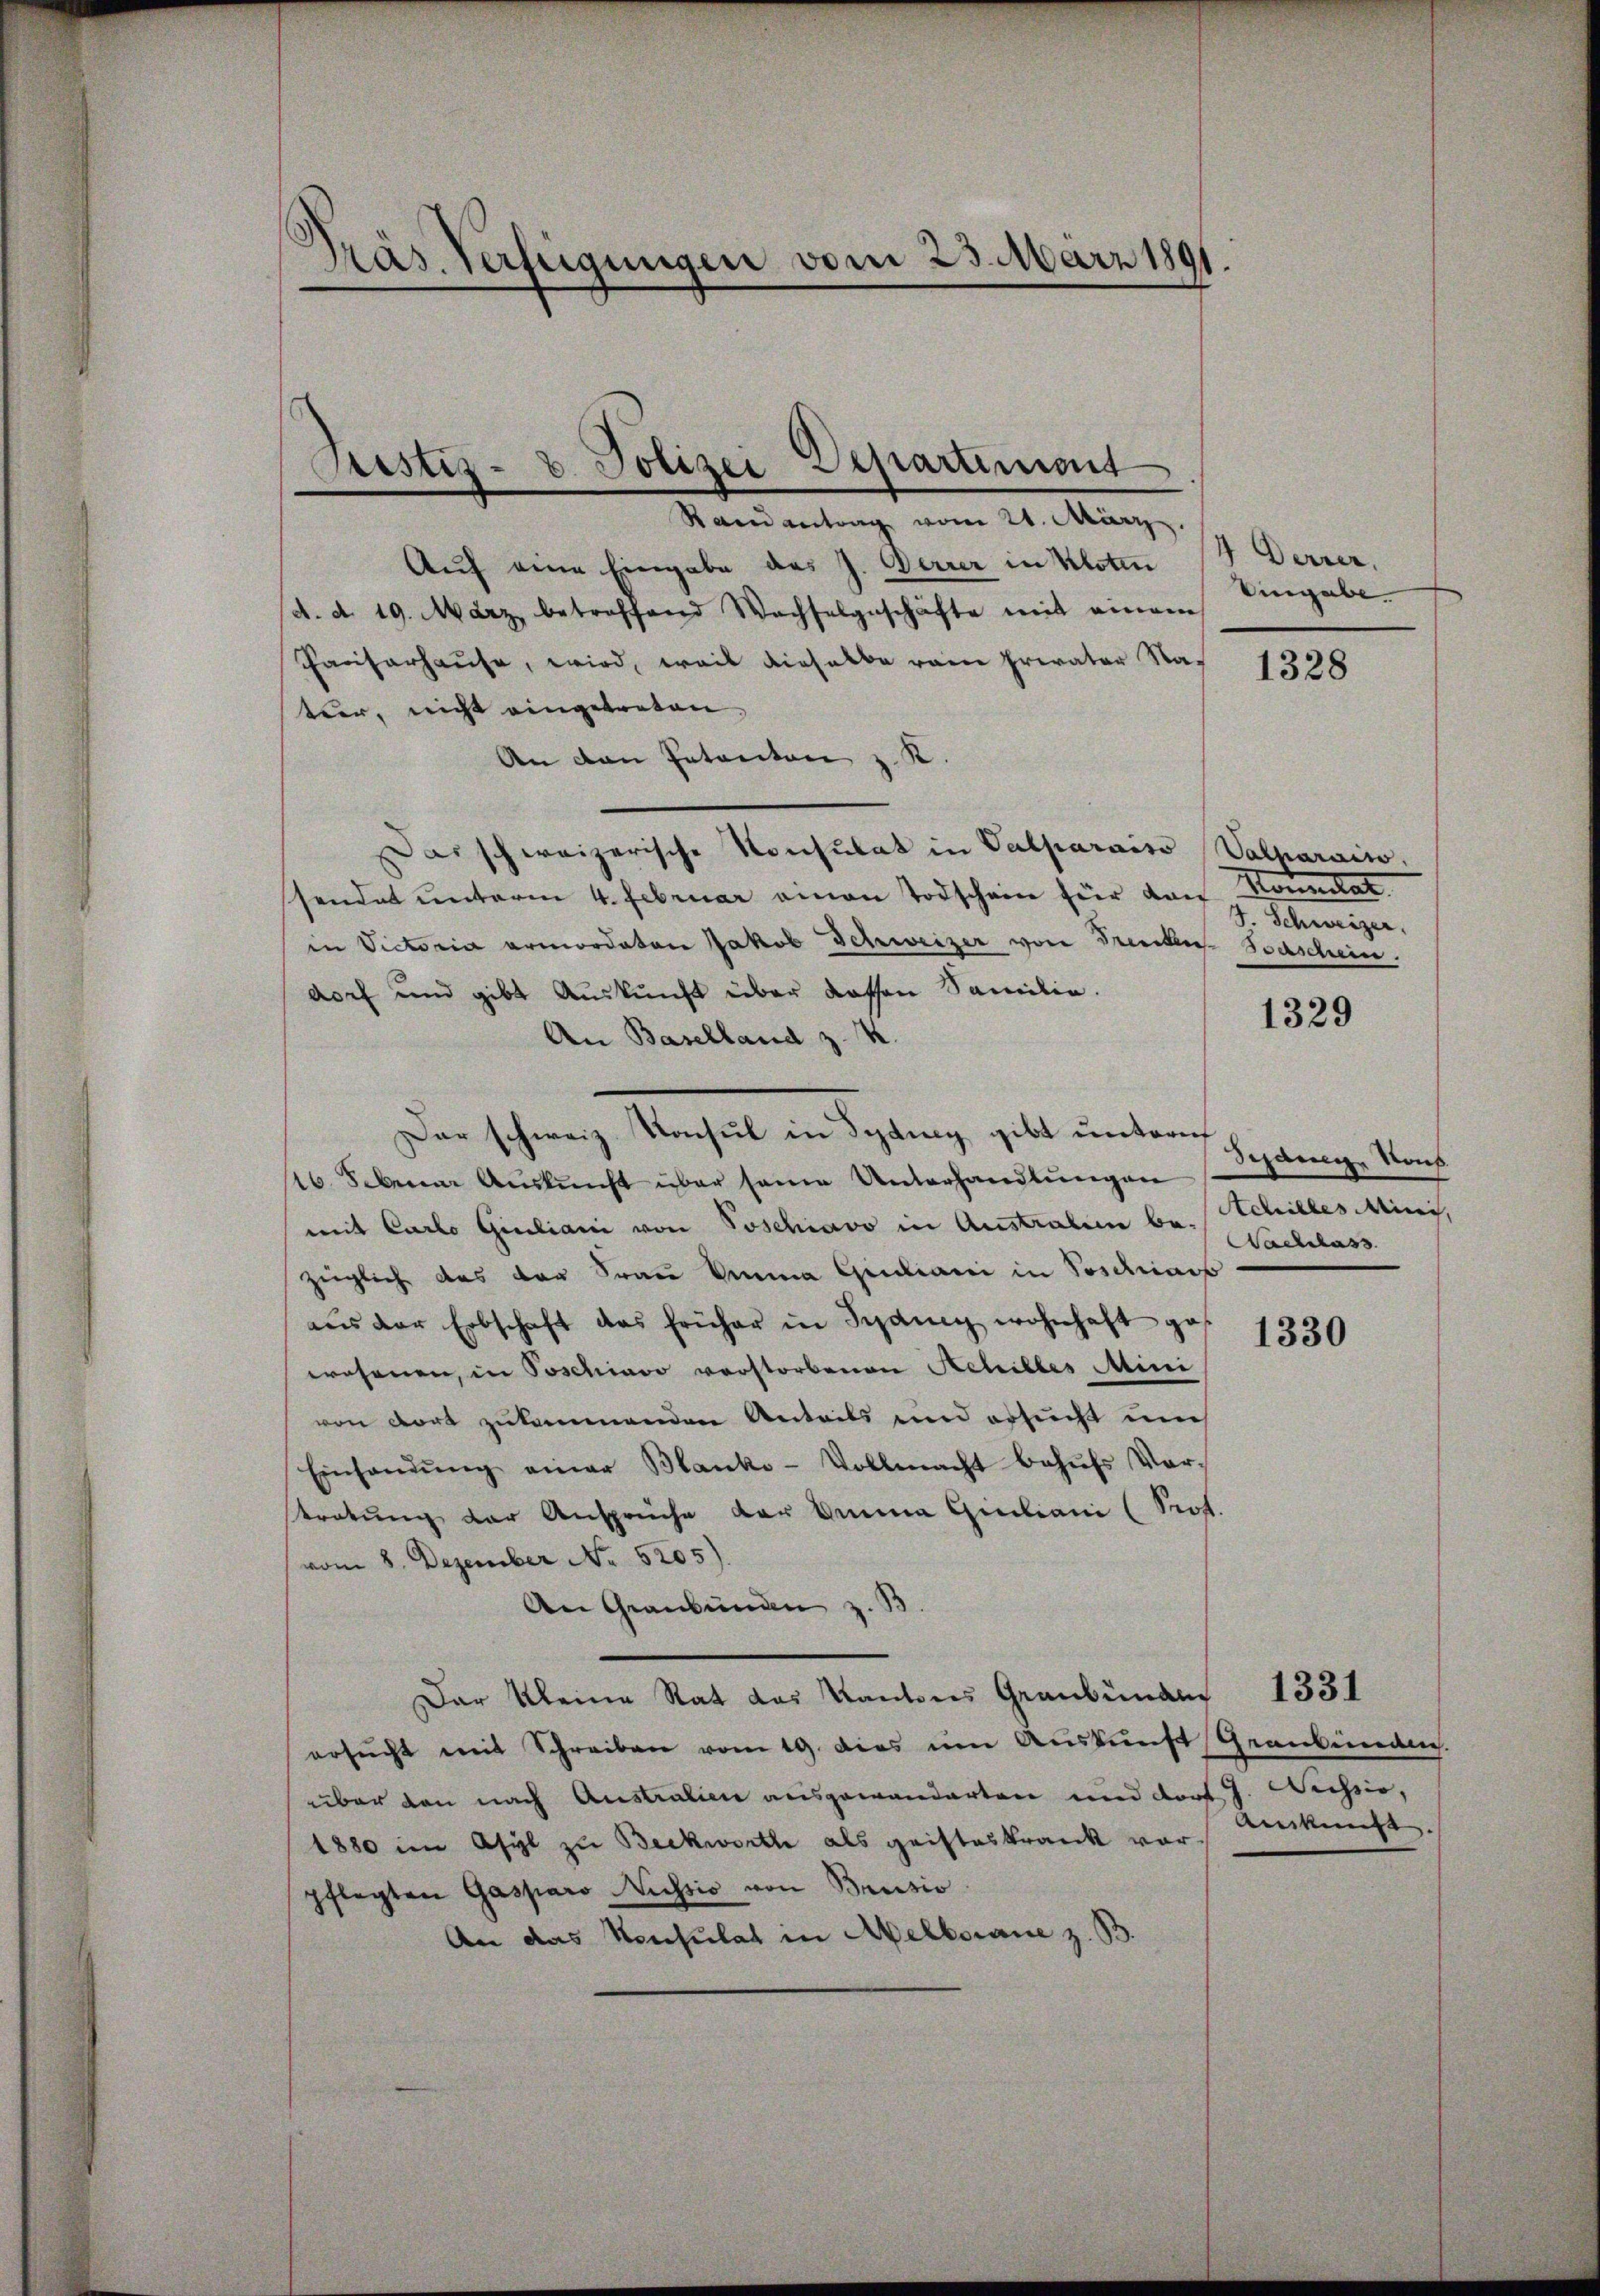
Präs. Verfügungen vom 23. März 1891

Randantrag vom 21. März.
Auf eine Eingabe des J. Derrer in Kloten
d. d. 19. März betroffend Wachselgeschäfte mit einem
Pariserhause, wird, weil dieselbe rein Privater Nater, nicht eingetreten
An den Petenton z. K.
Das schweizerische Konsulat in Valparaiso Walharacio
sendet unterm 4. Februar einen Todschein für den Kommitat.
in Victoria ermordaten Jakob Schweizer von Dreckler Todschein
dorf und gibt Auskunft über dessen Familie.
An Baselland z. K.
Dar schweiz. Konsul in Sydney gibt untern
16. Sebener Auskunft über seine Unterhandlungen
mit Carlo Giuliani von Poschiavo in Austraben be-
zügliche des der Frau Anna Qudiani in Tosciars
aŭs der Erbschaft das früher in Sydney wohnhaft ges
1330
wohrnen, in Poschiavo verstorbenen Schilles Mini
von dort zukommenden Anteils und ersucht un
Einsanŭng einer Blanko-Vollmacht behŭfs Vor-
stratung der Ansprüche der Amma Giuliani (Prof.
vom 8. Dezember No. 5205).
An Graubünden z. B.
Der Kleine Rat des Kantons Graubünder 1331
ersŭcht mit Schreiben vom 19. dies um Auskunft Graubünden.
über den nach Australien ausgewanderten und dort J. Weissio,
Auskunft
1880 im Asyl zu Beckworte als geisteskrank vorpflegten Gasparo Nussio von Brusio
An das Konsulat in Melborane z. B.

Justiz- u. Polizei Departement

4 Derrer.
Eingabe

1328

S. Schweizer,

1329

Schang Nous
Achilles Minis,
Nachlass